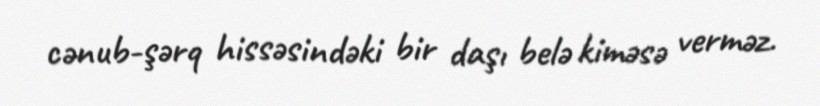
cənub-şərq hissəsindəki bir daşı belə kiməsə verməz.